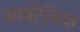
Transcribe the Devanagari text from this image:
आक्टेविया